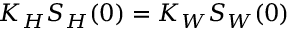
K _ { H } S _ { H } ( 0 ) = K _ { W } S _ { W } ( 0 )